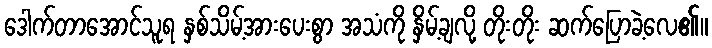
ဒေါက်တာအောင်သူရ နှစ်သိမ့်အားပေးစွာ အသံကို နှိမ့်ချလို့ တိုးတိုး ဆက်ပြောခဲ့လေ၏။